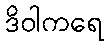
ဒိဝါကရေ